Vaccination in Burma 1889-1999 - 1889-1999
Year: 1889
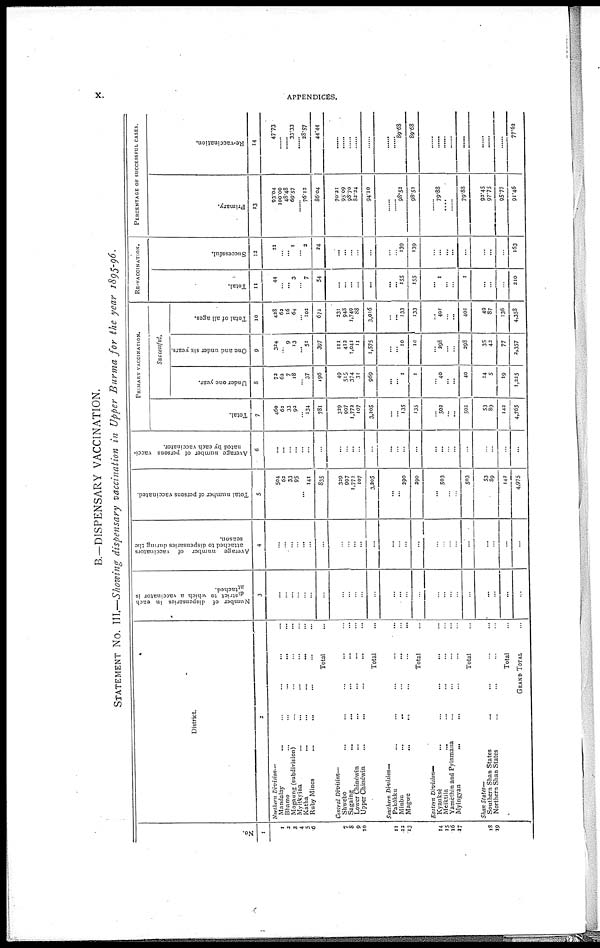
x.
APPENDICES.
B.—DISPENSARY VACCINATION.
STATEMENT No. III.—Showing dispensary vaccination in Upper Burma for the year 1895-96.
No.
1
1
2
3
4
5
6
7
8
9
10
11
12
13
14
15
16
17
18
19
District
2
Northern Division—
Mandalay ... ... ... ... ...
Bhamo
...
...
...
...
...
Mogaung (subdivision) ... ... ... ...
Myitkyina ... ... ... ... ... ...
Katha
...
...
...
...
...
Ruby Mines ... ... ... ... ...
Total ...
Central Division—
Shwebo ... ... ... ... ...
Sagaing ... ... ... ... ...
Lower Chindwin ... ... ... ... ...
Upper Chindwin ... ... ... ... ...
Total ...
Southern Division—
Pakôkku ... ... ... ... ...
Minbu
...
...
...
...
...
Magwe
...
...
...
...
...
Total ...
Eastern Division—
Kyanksè ... ... ... ... ...
Meiktila ... ... ... ... ...
Yamethin and Pyinmana ... ... ...
Myingyan ... ... ... ... ...
Total ...
Shan States—
Southern Shan States ... ... ... ...
Northern Shan States ... ... ... ...
Total ...
GRAND TOTAL ...
Number of dispensaries in each
district to which a vaccinator is
attached.
3
...
...
...
... ...
...
...
...
...
...
...
...
...
...
...
...
...
...
...
...
...
...
...
...
...
Average number of vaccinators
attached to dispensaries during the
season.
4
...
...
...
...
...
...
...
...
...
...
...
...
...
...
...
...
...
...
...
...
...
...
...
...
...
Total number of persons vaccinated.
5
504
62
33
95
... 141
835
329
997
1,772
107
3,205
...
... 290
290
... 503
...
...
503
53
89
142
4,975
A
verage number of persons vacci-
nated by each vaccinator.
6
...
...
...
...
...
...
...
...
...
...
...
...
...
...
...
...
...
...
...
...
...
...
...
...
...
PRIMARY VACCINATION.
Total.
7
460
62
33
92
...
134
781
329
997
1,772
107
3,205
...
... 135
135
...
502
...
...
502
53
89
142
4,765
Successful.
Under one year.
8
72
62
7
18
...
37
196
49
515
374
31
969
...
... 1
1
...
40
...
...
40
14
5
19
1,325
One and under six years.
9
324
...
9
13
... 51
397
111
412
1,041
11
1,575
...
...
10
10
...
298
...
...
298
35
42
77
2,357
Total of all ages.
10
428
62
16
64
...
102
672
231
948
1,749
88
3,016
...
...
133
133
...
401
...
...
401
49
87
136
4,358
RE-VACCINATION.
Total.
11
44
...
... 3
...
7
54
...
...
...
...
...
...
...
155
155
... 1
...
...
1
...
...
...
210
Successful.
12
21
...
... 1
...
2
24
...
...
...
...
...
...
...
139
139
...
...
...
...
...
...
...
...
163
PERCENTAGE OF SUCCESSFUL CASES.
Primary.
13
93.04
100.00
48.48
69.57
...
76.12
86.04
70.21
95.09
98.70
82.24
94.10
...
...
98.52
98.52
...
79.88
...
...
79.88
92.45
97.75
95.77
91.46
Re-vaccination.
14
47.73
...
...
33.33
...
28.57
44.44
...
...
...
...
...
...
...
89.68
89.68
......
......
......
......
......
......
......
......
77.62